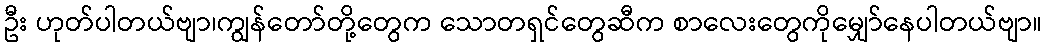
ဦး ဟုတ်ပါတယ်ဗျာ၊ကျွန်တော်တို့တွေက သောတရှင်တွေဆီက စာလေးတွေကိုမျှော်နေပါတယ်ဗျာ။